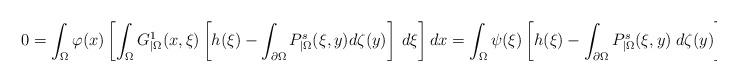
LaTeX: \begin{align*}0=\int_\Omega \varphi(x)\left[\int_\Omega G^1_{|\Omega}(x,\xi)\left[h(\xi)-\int_{\partial\Omega}P^s_{|\Omega}(\xi,y)d\zeta(y)\right]\:d\xi\right]dx=\int_\Omega \psi(\xi)\left[h(\xi)-\int_{\partial\Omega}P^s_{|\Omega}(\xi,y)\;d\zeta(y)\right]d\xi\end{align*}